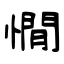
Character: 憪